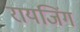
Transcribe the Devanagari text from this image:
रायजिंग